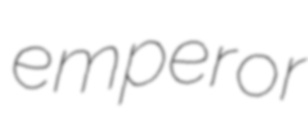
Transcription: emperor